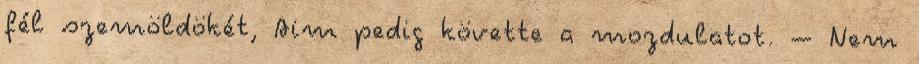
fél szemöldökét, Aim pedig követte a mozdulatot. – Nem